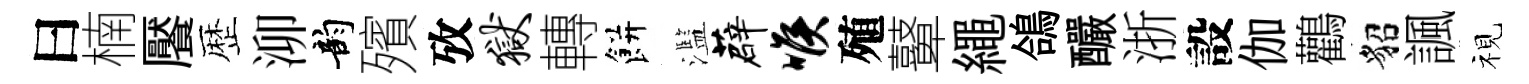
曰楠饜歴泖韵殯攷狱轉餅濫薜喉殖鼙繩鴿釅浙設伽鸛貂諷视